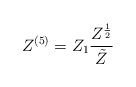
\begin{align*}Z^{(5)} = Z_1 \frac{ Z^{\frac{ 1}{2}}}{\tilde{Z}} \end{align*}